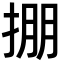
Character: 掤